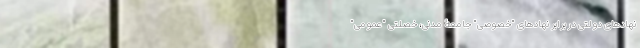
نهادهای دولتی در برابر نهادهای "خصوصی" جامعۀ مدنی، خصلتی "عمومی"